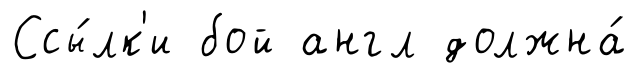
Ссы́лк'и бой англ должна́